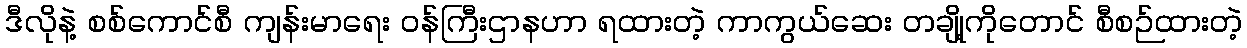
ဒီလိုနဲ့ စစ်ကောင်စီ ကျန်းမာရေး ဝန်ကြီးဌာနဟာ ရထားတဲ့ ကာကွယ်ဆေး တချို့ကိုတောင် စီစဉ်ထားတဲ့